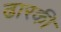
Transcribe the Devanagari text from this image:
ढारकी